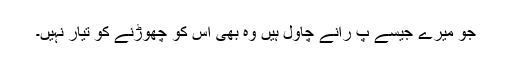
جو میرے جیسے پ رانے چاول ہیں وہ بھی اِس کو چھوڑنے کو تیار نہیں۔